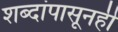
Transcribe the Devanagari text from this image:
शब्दांपासूनही